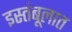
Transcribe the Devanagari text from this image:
इस्तंबूलात